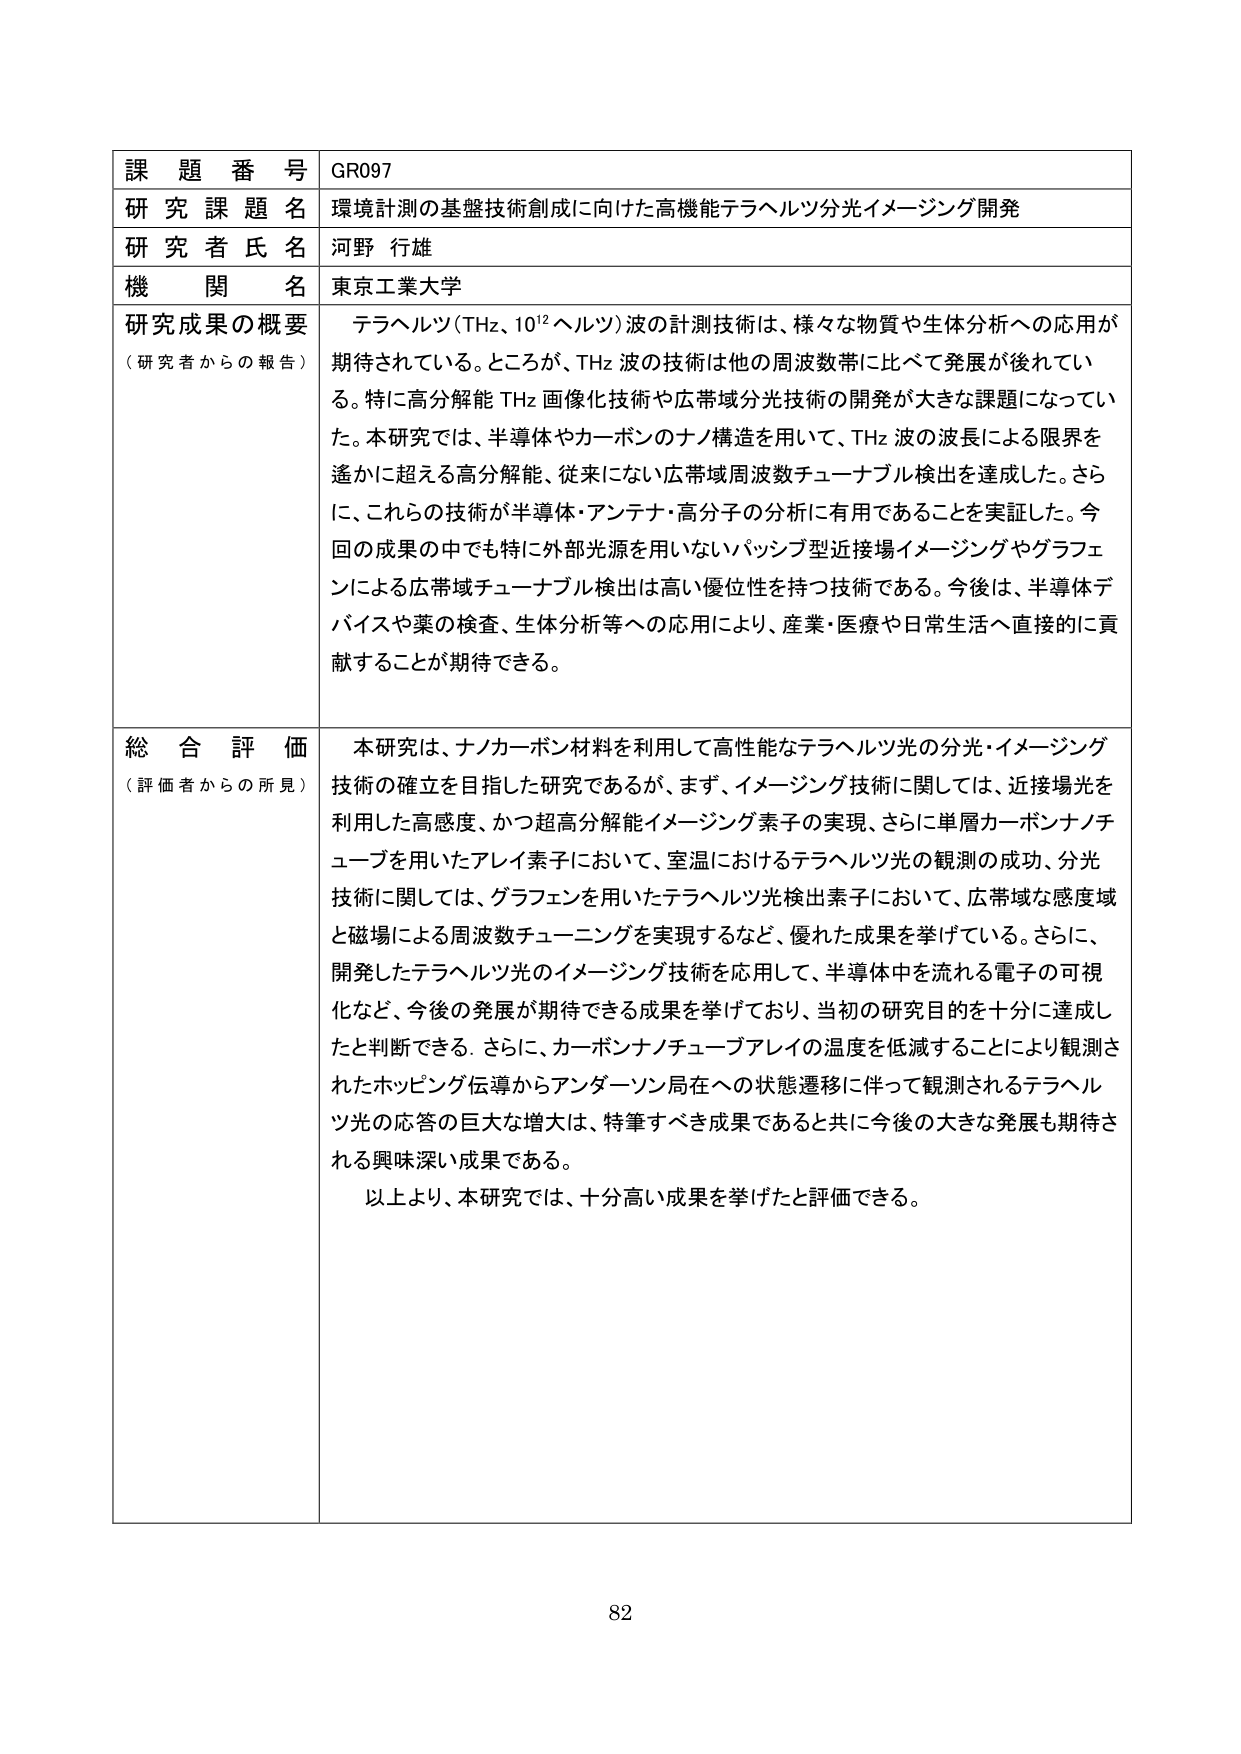
課題番号 GR097
研究課題名 環境計測の基盤技術創成に向けた高機能テラヘルツ分光イメージング開発
研究者氏名 河野 行雄
機関名 東京工業大学
研究成果の概要 （研究者からの報告） テラヘルツ（THz、10¹²ヘルツ）波の計測技術は、様々な物質や生体分析への応用が期待されている。ところが、THz波の技術は他の周波数帯に比べて発展が後れている。特に高分解能THz画像化技術や広帯域分光技術の開発が大きな課題になっていた。本研究では、半導体やカーボンのナノ構造を用いて、THz波の波長による限界を遙かに超える高分解能、従来にない広帯域周波数チューナブル検出を達成した。さらに、これらの技術が半導体・アンテナ・高分子の分析に有用であることを実証した。今回の成果の中でも特に外部光源を用いないパッシブ型近接場イメージングやグラフェンによる広帯域チューナブル検出は高い優位性を持つ技術である。今後は、半導体デバイスや薬の検査、生体分析等への応用により、産業・医療や日常生活へ直接的に貢献することが期待できる。
総合評価 （評価者からの所見） 本研究は、ナノカーボン材料を利用して高性能なテラヘルツ光の分光・イメージング技術の確立を目指した研究であるが、まず、イメージング技術に関しては、近接場光を利用した高感度、かつ超高分解能イメージング素子の実現、さらに単層カーボンナノチューブを用いたアレイ素子において、室温におけるテラヘルツ光の観測の成功、分光技術に関しては、グラフェンを用いたテラヘルツ光検出素子において、広帯域な感度域と磁場による周波数チューニングを実現するなど、優れた成果を挙げている。さらに、開発したテラヘルツ光のイメージング技術を応用して、半導体中を流れる電子の可視化など、今後の発展が期待できる成果を挙げており、当初の研究目的を十分に達成したと判断できる。さらに、カーボンナノチューブアレイの温度を低減することにより観測されたホッピング伝導からアンダーソン局在への状態遷移に伴って観測されるテラヘルツ光の応答の巨大な増大は、特筆すべき成果であると共に今後大きな発展も期待される興味深い成果である。
以上より、本研究では、十分高い成果を挙げたと評価できる。
82